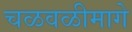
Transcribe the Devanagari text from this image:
चळवळीमागे